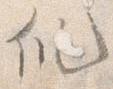
ス